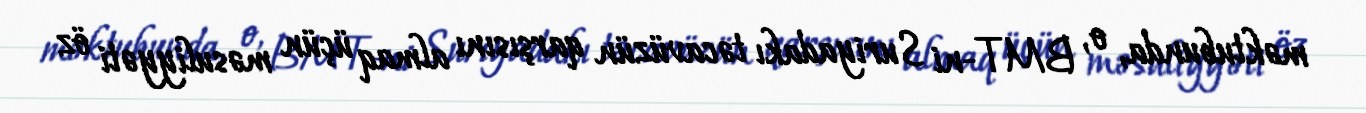
məktubunda, o, BMT-ni Suriyadakı təcavüzün qarşısını almaq üçün məsuliyyəti öz